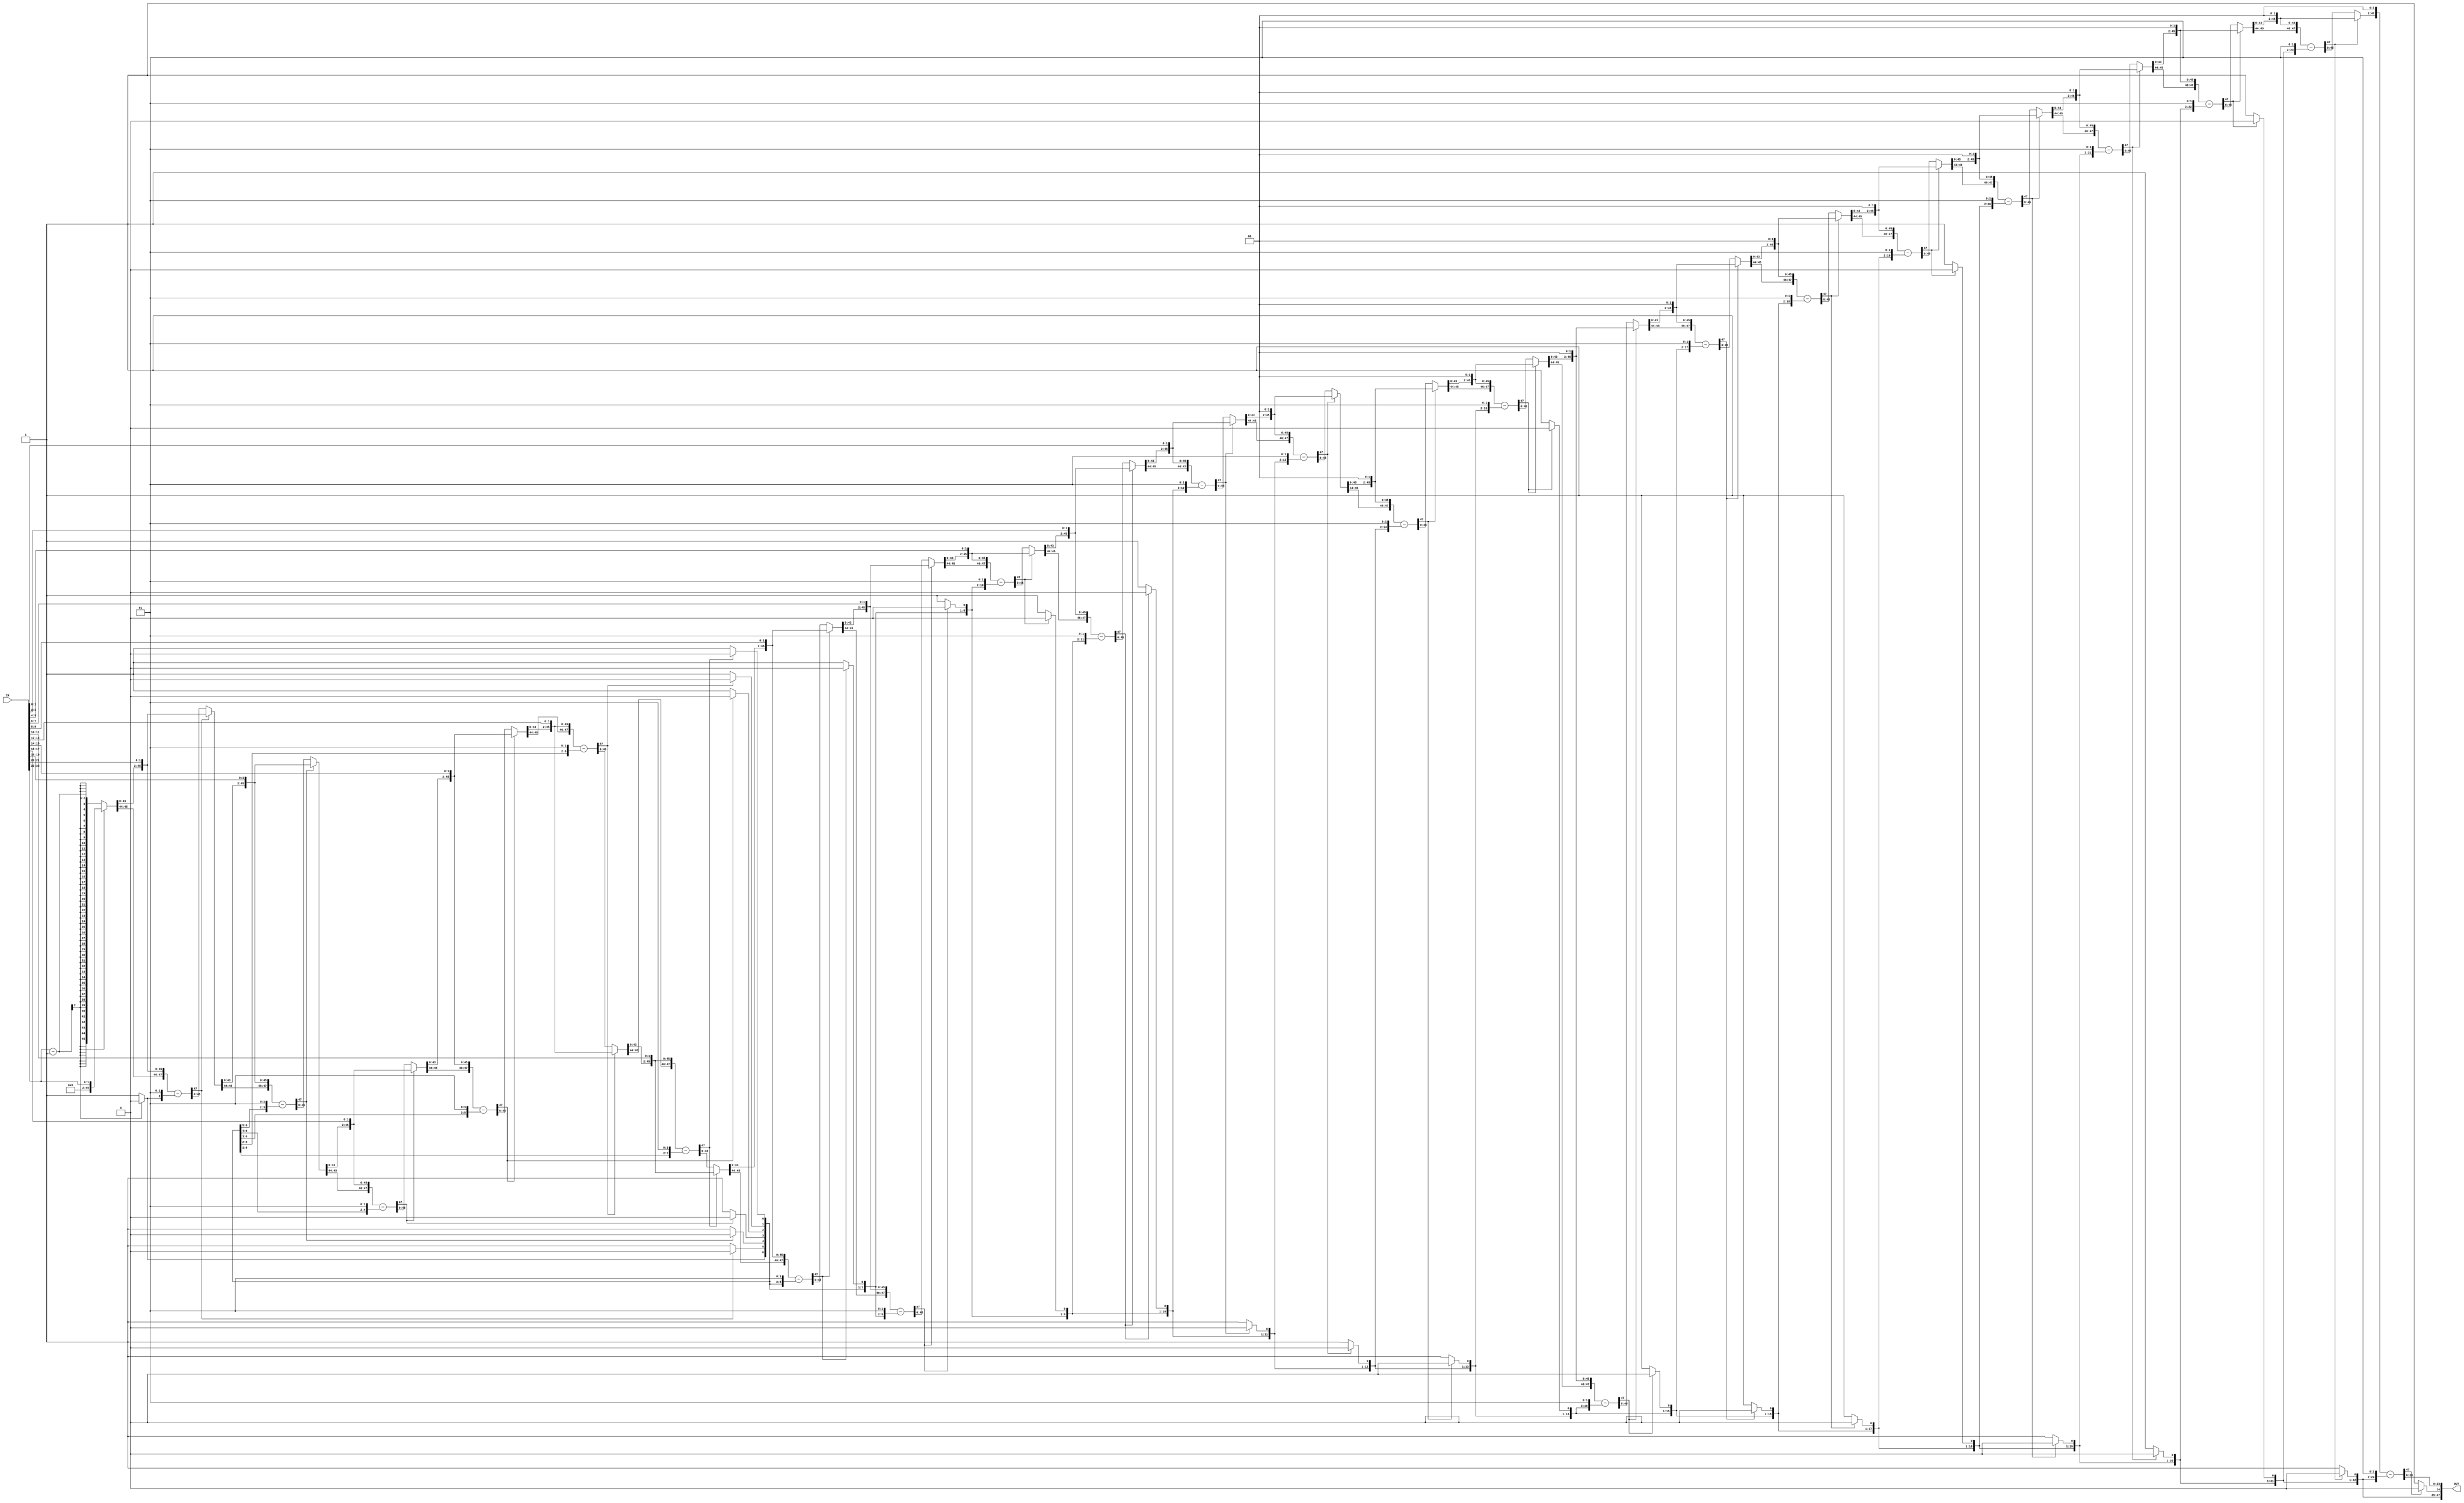
module sqrt
(
    input   [23:0] IN,
    output  [47:0] OUT
);
   
reg     [47:0]   X;
reg     [23:0]   Q;
reg     [47:0]   A, T, temp;


integer i;

always @(*)
begin
    A = 0;
    X = {IN,24'b0};
    temp = 0; 
    T = 0;
    Q = 0;
    for(i = 0; i < 24; i = i + 1)
    begin

        A = {temp[45:0],X[47:46]};
        
        X = {X[45:0],2'b00};

        T = A - {Q,2'b01};

        if (T[47]) begin
            temp = A;
            Q = {Q[22:0],1'b0}; 
        end 
        else begin
            temp = T;
            Q = {Q[22:0],1'b1}; 
        end
    end
end

assign OUT = {Q,T[23:0]};

endmodule //sqrt